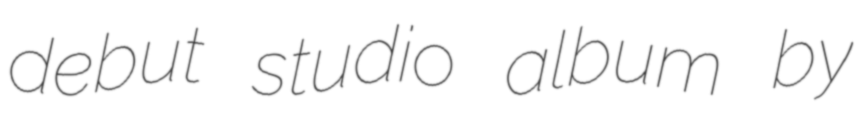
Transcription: debut studio album by